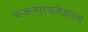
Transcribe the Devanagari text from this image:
फजलपुरफतेउल्ला